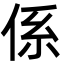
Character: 係